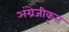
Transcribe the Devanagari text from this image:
अंग्रेजीकृत